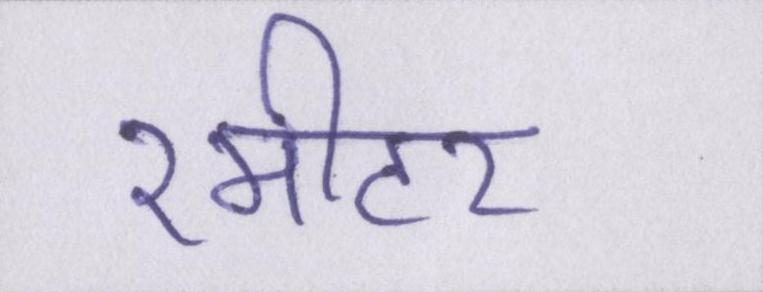
२मीटर